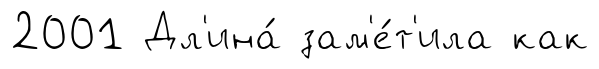
2001 Дл'ина́ зам'е́т'ила как